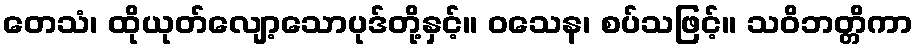
တေသံ၊ ထိုယုတ်လျော့သောပုဒ်တို့နှင့်။ ဝသေန၊ စပ်သဖြင့်။ သဝိဘတ္တိကာ